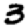
Digit: 3